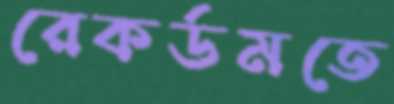
রেকর্ডমতে